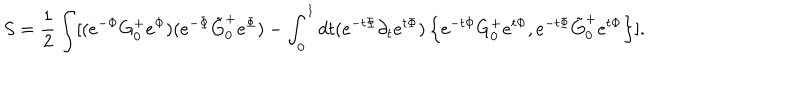
S = \frac { 1 } { 2 } \int [ ( e ^ { - \Phi } G _ { 0 } ^ { + } e ^ { \Phi } ) ( e ^ { - \Phi } \tilde { G } _ { 0 } ^ { + } e ^ { \Phi } ) - \int _ { 0 } ^ { 1 } d t ( e ^ { - t \Phi } \partial _ { t } e ^ { t \Phi } ) \left\{ e ^ { - t \Phi } G _ { 0 } ^ { + } e ^ { t \Phi } , e ^ { - t \Phi } \tilde { G } _ { 0 } ^ { + } e ^ { t \Phi } \right\} ] .